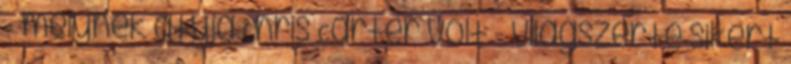
- melynek atyja Chris Carter volt - világszerte sikert